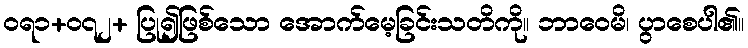
ဝရ၁+၀၇၂+ ပြု၍ဖြစ်သော အောက်မေ့ခြင်းသတိကို။ ဘာဝေမိ၊ ပွာစေပါ၏။